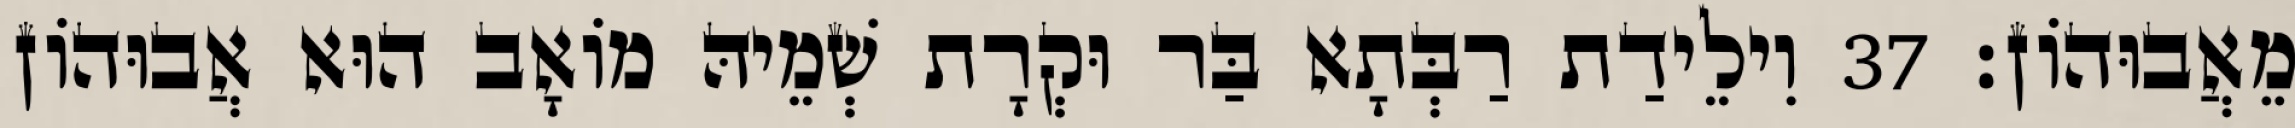
מֵאֲבוּהוֹן׃ 37 וִילֵידַת רַבְּתָא בַּר וּקְרָת שְׁמֵיהּ מוֹאָב הוּא אֲבוּהוֹן